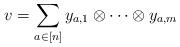
LaTeX: \begin{align*}v=\sum_{a \in [n]} y_{a,1} \otimes\dots \otimes y_{a,m}\end{align*}